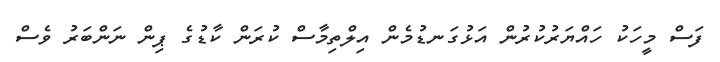
ފަސް މީހަކު ހައްޔަރުކުރުން އަޅުގަނޑުމެން އިލްތިމާސް ކުރަން ކާޑުގެ ޕިން ނަންބަރު ވެސް